Supplement to the account of plague administration in the Bombay Presidency from September 1896 till May 1897
Year: 1896
Disease focus: Plague
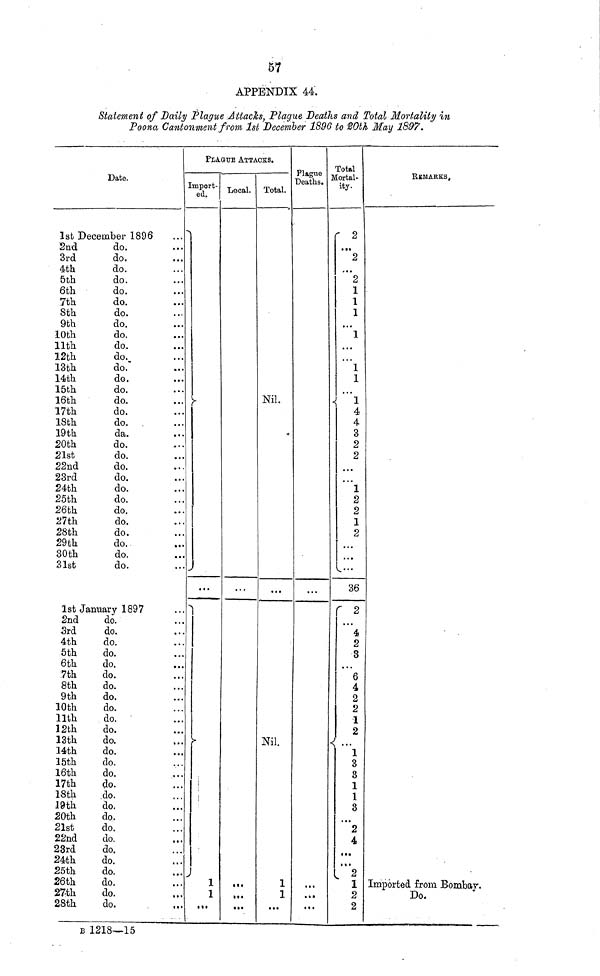
67
APPENDIX 44.
Statement of Daily Plague Attach, Plague Deaths and Total Mortality in
Poona Cantonment from 1st December 1896 to 20th May 1897.
Date.
1st December 1896
2nd
3rd
4th
5th
6th
7th
8th
9th
10th
11th
12th
13th
14th
15th
16th
17th
18th
19th
20th
21st
22nd
23rd
24th
25th
26th
27th
28th
29th
30th
31st
do.
do.
do.
do.
do.
do.
do.
do.
do.
do.
do.
do.
do.
do.
do.
do.
do.
do.
do.
do.
do.
do.
do.
do.
do.
do.
do.
do.
do.
do.
1st January 1897
2nd
3rd
4th
5th
6th
7th
8th
9th
10th
11th
12th
13th
14th
15th
16th
17th
18th
19th
20th
21st
22nd
23rd
24th
25th
26th
27th
28th
do.
do.
do.
do.
do.
do.
do.
do.
do.
do.
do.
do.
do.
do.
do.
do.
do.
do.
do.
do.
do.
do.
do.
do.
do.
do.
do.
• ••
• • •
• • •
• • •
• • •
• • •
• • •
• • •
• • •
• • •
• • •
• • •
• • •
• • •
• • •
• • •
• • •
• • •
• • •
• • •
• • •
• • •
• • •
• • •
• • •
• • •
• • •
• • •
• • •
• • •
• • •
• • •
• • •
• • •
• • •
• • •
• • •
• • •
• • •
• • •
• • •
• • •
• • •
• • •
• • •
• • •
• • •
• • •
• • •
• • •..
• • •
• • •
• • •
• • •
• • •
• • •
• • •
• • •
• • •
PLAGUE ATTACKS.
Import-
ed.
• • •
1
1
• • •
Local.
• • •
• • •
• • •
• • •
Total.
Nil.
• • •
Nil.
1
1
• • •
Plague
Deaths.
• • •
• • •
• • •
• • •
Total
Mortal-
ity.
2
• ••
2
• ••
2
1
1
1
• ••
1
• ••
• ••
1
1
• • •
1
4
4
3
2
2
• • •
• • •
• • •
2
2
1
2
• • •
• • •
• • •
36
2
• • •
4
2
3
• • •
6
4
2
2
1
2
• • •
1
3
3
1
1
3
• • •
2
4
• • •
• • •
2
1
2
2
REMARKS,
Imported from Bombay.
Do.
B 1218 –15